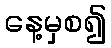
နေ့မှစ၍